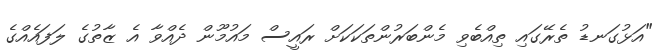
"އަޅުގަނޑު ތެރޭގައި ތިއްބެވި މެންބަރުންތަކަކަށް ރައީސް މައުމޫން ދެއްވާ އެ ޒާތުގެ ލަފައެއްގެ